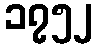
၁၇၅၂